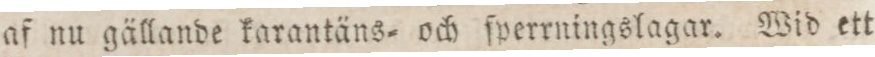
af nu gällande karantäns= och ſperrningslagar. Wid ett